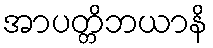
အာပတ္တိဘယာနိ